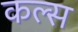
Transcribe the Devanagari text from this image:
कल्स